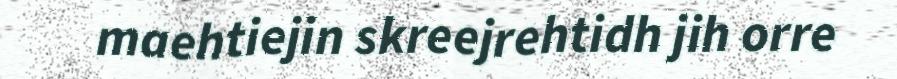
maehtiejin skreejrehtidh jih orre